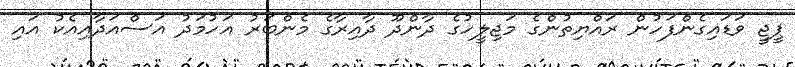
ޕީޖީ ވަޑައިގެންފަހުން ރައްޔިތުންގެ މަޖިލީހުގެ ދާންދޫ ދާއިރާގެ މެންބަރު އަހުމަދު އަސްއަދާއިއެކު އައި